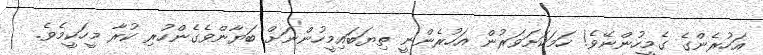
އަހުރެންގެ ގެމީހުންނޭވެ! ހަމަކަށަވަރުން އަހުރެންނީ ތިޔަބައިމީހުންނަށް ބަޔާންވެގެންހުރި ކުރާ މީހަކީމެވެ.